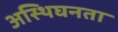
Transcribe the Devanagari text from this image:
अस्थिघनता